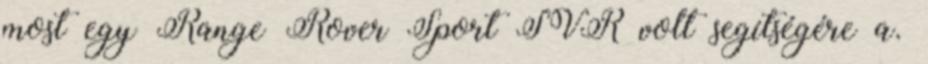
most egy Range Rover Sport SVR volt segítségére a.